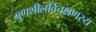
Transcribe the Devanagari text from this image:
गुणशीलविचक्षणस्य